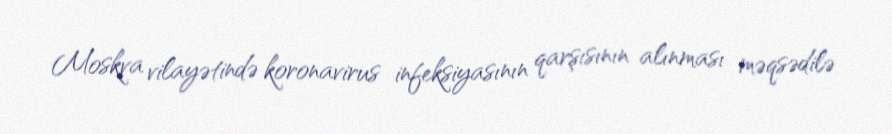
Moskva vilayətində koronavirus infeksiyasının qarşısının alınması məqsədilə